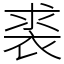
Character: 裘